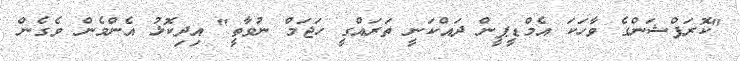
"ކޮރަޕްޝަންގެ ވާހަކަ އެމްޑީޕީން ދައްކަނީ ތަރައްގީ ހަޖަމް ނުވާތީ" އިދިކޮޅު އެންމެން ވެގެން